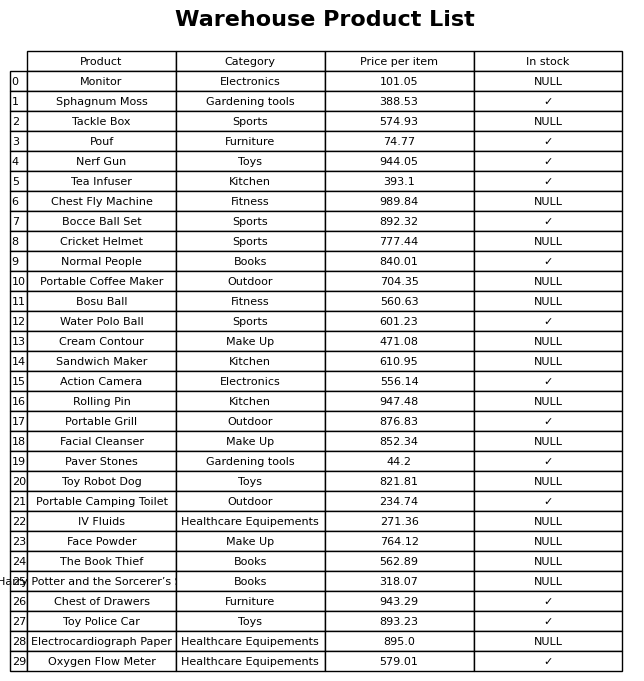
question: What is the price of the Pouf?
answer: The price of Pouf is 74.77.